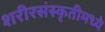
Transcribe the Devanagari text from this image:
शरीरसंस्कृतीमध्ये